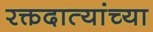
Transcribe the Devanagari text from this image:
रक्तदात्यांच्या